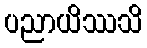
ပညာယိဿသိ